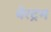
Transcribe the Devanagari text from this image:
बेरट्रम